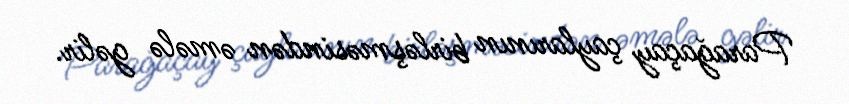
Parağaçay çaylarının birləşməsindən əmələ gəlir.